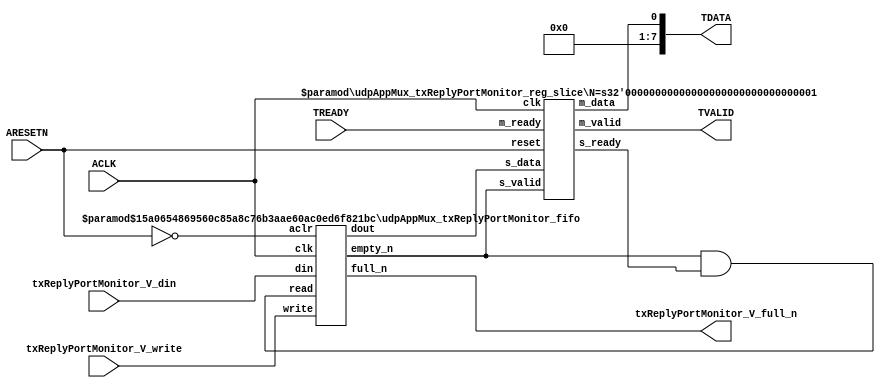
// ==============================================================
// File generated by Vivado(TM) HLS - High-Level Synthesis from C, C++ and SystemC
// Version: 2016.3
// Copyright (C) 1986-2016 Xilinx, Inc. All Rights Reserved.
// 
// ==============================================================


`timescale 1ns/1ps

module udpAppMux_txReplyPortMonitor_if (
    // AXI4-Stream singals
    input  wire       ACLK,
    input  wire       ARESETN,
    output wire       TVALID,
    input  wire       TREADY,
    output wire [7:0] TDATA,
    // User signals
    input  wire [0:0] txReplyPortMonitor_V_din,
    output wire       txReplyPortMonitor_V_full_n,
    input  wire       txReplyPortMonitor_V_write
);
//------------------------Local signal-------------------
// FIFO
wire [0:0] fifo_read;
wire [0:0] fifo_empty_n;
wire [0:0] txReplyPortMonitor_V_dout;
wire [0:0] txReplyPortMonitor_V_empty_n;
// register slice
wire [0:0] s_valid;
wire [0:0] s_ready;
wire [0:0] s_data;
wire [0:0] m_valid;
wire [0:0] m_ready;
wire [0:0] m_data;

//------------------------Instantiation------------------
// rs
udpAppMux_txReplyPortMonitor_reg_slice #(
    .N       ( 1 )
) rs (
    .clk     ( ACLK ),
    .reset   ( ARESETN ),
    .s_data  ( s_data ),
    .s_valid ( s_valid ),
    .s_ready ( s_ready ),
    .m_data  ( m_data ),
    .m_valid ( m_valid ),
    .m_ready ( m_ready )
);

// txReplyPortMonitor_V_fifo
udpAppMux_txReplyPortMonitor_fifo #(
    .DATA_BITS  ( 1 ),
    .DEPTH_BITS ( 4 )
) txReplyPortMonitor_V_fifo (
    .clk        ( ACLK ),
    .aclr       ( ~ARESETN ),
    .empty_n    ( txReplyPortMonitor_V_empty_n ),
    .full_n     ( txReplyPortMonitor_V_full_n ),
    .read       ( fifo_read ),
    .write      ( txReplyPortMonitor_V_write ),
    .dout       ( txReplyPortMonitor_V_dout ),
    .din        ( txReplyPortMonitor_V_din )
);

//------------------------Body---------------------------
//++++++++++++++++++++++++AXI4-Stream++++++++++++++++++++
assign TVALID = m_valid;
assign TDATA  = m_data[0:0];

//+++++++++++++++++++++++++++++++++++++++++++++++++++++++

//++++++++++++++++++++++++Reigister Slice++++++++++++++++
assign s_valid = fifo_empty_n;
assign m_ready = TREADY;
assign s_data  = {txReplyPortMonitor_V_dout};

//+++++++++++++++++++++++++++++++++++++++++++++++++++++++

//++++++++++++++++++++++++FIFO+++++++++++++++++++++++++++
assign fifo_read    = fifo_empty_n & s_ready;
assign fifo_empty_n = txReplyPortMonitor_V_empty_n;

//+++++++++++++++++++++++++++++++++++++++++++++++++++++++

endmodule



`timescale 1ns/1ps

module udpAppMux_txReplyPortMonitor_fifo
#(parameter
    DATA_BITS  = 8,
    DEPTH_BITS = 4
)(
    input  wire                 clk,
    input  wire                 aclr,
    output wire                 empty_n,
    output wire                 full_n,
    input  wire                 read,
    input  wire                 write,
    output wire [DATA_BITS-1:0] dout,
    input  wire [DATA_BITS-1:0] din
);
//------------------------Parameter----------------------
localparam
    DEPTH = 1 << DEPTH_BITS;
//------------------------Local signal-------------------
reg                   empty;
reg                   full;
reg  [DEPTH_BITS-1:0] index;
reg  [DATA_BITS-1:0]  mem[0:DEPTH-1];
//------------------------Body---------------------------
assign empty_n = ~empty;
assign full_n  = ~full;
assign dout    = mem[index];

// empty
always @(posedge clk or posedge aclr) begin
    if (aclr)
        empty <= 1'b1;
    else if (empty & write & ~read)
        empty <= 1'b0;
    else if (~empty & ~write & read & (index==1'b0))
        empty <= 1'b1;
end

// full
always @(posedge clk or posedge aclr) begin
    if (aclr)
        full <= 1'b0;
    else if (full & read & ~write)
        full <= 1'b0;
    else if (~full & ~read & write & (index==DEPTH-2'd2))
        full <= 1'b1;
end

// index
always @(posedge clk or posedge aclr) begin
    if (aclr)
        index <= {DEPTH_BITS{1'b1}};
    else if (~empty & ~write & read)
        index <= index - 1'b1;
    else if (~full & ~read & write)
        index <= index + 1'b1;
end

// mem
always @(posedge clk) begin
    if (~full & write) mem[0] <= din;
end

genvar i;
generate
    for (i = 1; i < DEPTH; i = i + 1) begin : gen_sr
        always @(posedge clk) begin
            if (~full & write) mem[i] <= mem[i-1];
        end
    end
endgenerate

endmodule

`timescale 1ns/1ps

module udpAppMux_txReplyPortMonitor_reg_slice
#(parameter
    N = 8   // data width
) (
    // system signals
    input  wire         clk,
    input  wire         reset,
    // slave side
    input  wire [N-1:0] s_data,
    input  wire         s_valid,
    output wire         s_ready,
    // master side
    output wire [N-1:0] m_data,
    output wire         m_valid,
    input  wire         m_ready
);
//------------------------Parameter----------------------
// state
localparam [1:0]
    ZERO = 2'b10,
    ONE  = 2'b11,
    TWO  = 2'b01;
//------------------------Local signal-------------------
reg  [N-1:0] data_p1;
reg  [N-1:0] data_p2;
wire         load_p1;
wire         load_p2;
wire         load_p1_from_p2;
reg          s_ready_t;
reg  [1:0]   state;
reg  [1:0]   next;
//------------------------Body---------------------------
assign s_ready = s_ready_t;
assign m_data  = data_p1;
assign m_valid = state[0];

assign load_p1 = (state == ZERO && s_valid) ||
                 (state == ONE && s_valid && m_ready) ||
                 (state == TWO && m_ready);
assign load_p2 = s_valid & s_ready;
assign load_p1_from_p2 = (state == TWO);

// data_p1
always @(posedge clk) begin
    if (load_p1) begin
        if (load_p1_from_p2)
            data_p1 <= data_p2;
        else
            data_p1 <= s_data;
    end
end

// data_p2
always @(posedge clk) begin
    if (load_p2) data_p2 <= s_data;
end

// s_ready_t
always @(posedge clk) begin
    if (~reset)
        s_ready_t <= 1'b0;
    else if (state == ZERO)
        s_ready_t <= 1'b1;
    else if (state == ONE && next == TWO)
        s_ready_t <= 1'b0;
    else if (state == TWO && next == ONE)
        s_ready_t <= 1'b1;
end

// state
always @(posedge clk) begin
    if (~reset)
        state <= ZERO;
    else
        state <= next;
end

// next
always @(*) begin
    case (state)
        ZERO:
            if (s_valid & s_ready)
                next = ONE;
            else
                next = ZERO;
        ONE:
            if (~s_valid & m_ready)
                next = ZERO;
            else if (s_valid & ~m_ready)
                next = TWO;
            else
                next = ONE;
        TWO:
            if (m_ready)
                next = ONE;
            else
                next = TWO;
        default:
            next = ZERO;
    endcase
end

endmodule